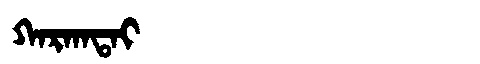
Manchu: ᡴᠠᡵᡴᠠᡨᠠᡳ
Romanization: KARKATAI